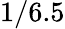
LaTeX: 1/6.5